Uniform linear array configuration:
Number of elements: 12
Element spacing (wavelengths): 0.75
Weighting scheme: hann
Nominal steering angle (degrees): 30
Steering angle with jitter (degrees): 30.955
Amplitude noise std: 0.05
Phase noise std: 0.05

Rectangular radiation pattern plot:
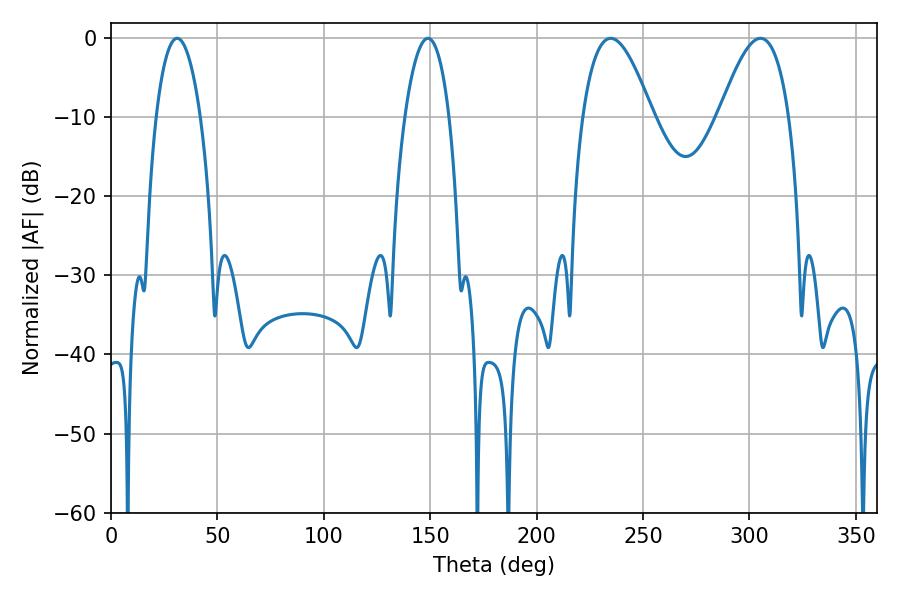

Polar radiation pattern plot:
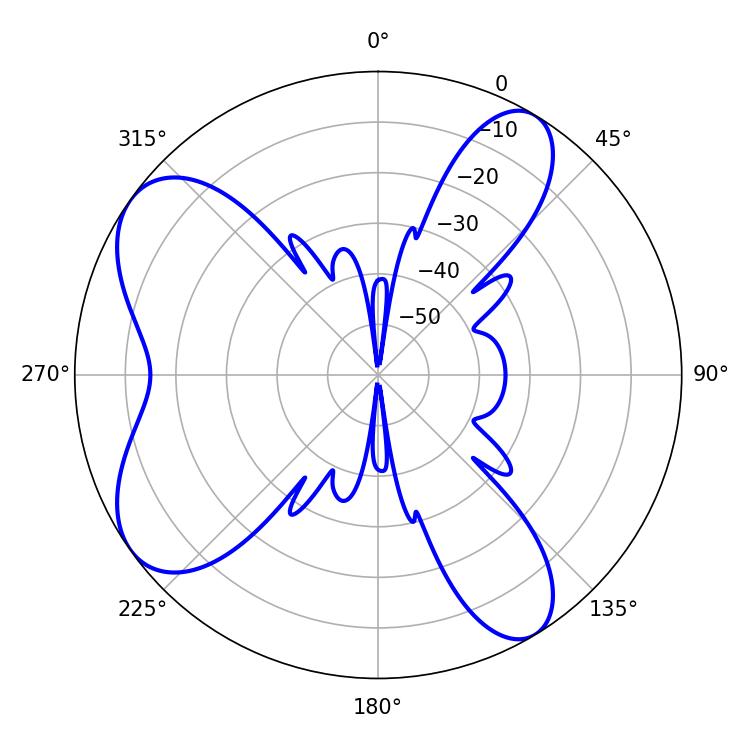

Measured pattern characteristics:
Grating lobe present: TRUE
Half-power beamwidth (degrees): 17.82
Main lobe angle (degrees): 234.72